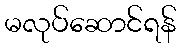
မလုပ်ဆောင်ရန်